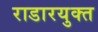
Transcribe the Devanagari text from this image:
राडारयुक्त